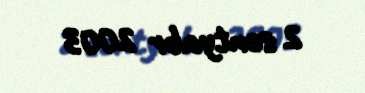
2 sentyabr 2003